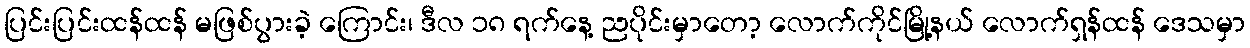
ပြင်းပြင်းထန်ထန် မဖြစ်ပွားခဲ့ ကြောင်း၊ ဒီလ ၁၈ ရက်နေ့ ညပိုင်းမှာတော့ လောက်ကိုင်မြို့နယ် လောက်ရှန်ထန် ဒေသမှာ